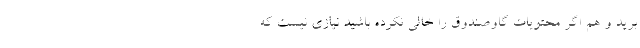
­برید و هم اگر محتویات گاوصندوق را خالی نکرده باشید نیازی نیست که